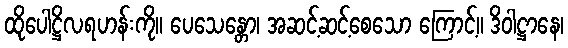
ထိုပေါဋ္ဌိလရဟန်းကို။ ပေသေန္တော၊ အဆင့်ဆင့်စေသော ကြောင့်။ ဒိဝါဋ္ဌာနေ၊